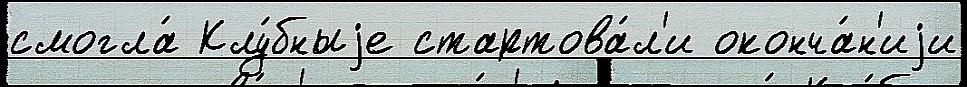
смогла́ Клу́бныjе стартова́л'и оконча́н'иjи